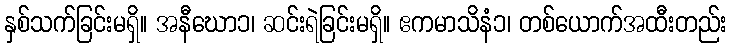
နှစ်သက်ခြင်းမရှိ။ အနီဃော၁၊ ဆင်းရဲခြင်းမရှိ။ ဧကမာသိနံ၁၊ တစ်ယောက်အထီးတည်း